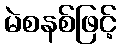
မဲစနစ်ဖြင့်